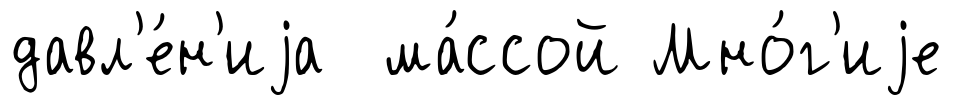
давл'е́н'иjа ма́ссой Мно́г'иjе